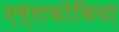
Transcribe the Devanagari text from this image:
एग्राफोबिया